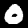
Label: 0